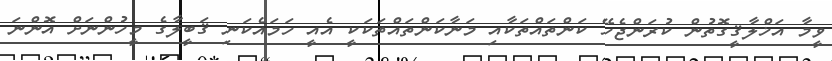
ވީމާ އަޚްލާޤީގޮތުން ކުރަންޖެހޭ ކަންތައްތަކާއި މަނާކަންތައްތަކަކީ އެއީ ހަމައެކަނި ޤަބީލާގެ މީހުންނަށް އޮންނަ